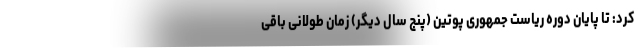
کرد: تا پایان دوره ریاست جمهوری پوتین (پنج سال دیگر) زمان طولانی باقی